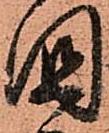
國